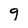
Character: 9